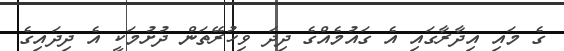
ގެ މައި އިދާރާގައި އެ ގައުމެއްގެ ދިދަ ވިހުރޭތަން ދުށުމަކީ އެ ދިދައިގެ